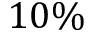
1 0 \%